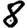
Digit: 8